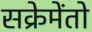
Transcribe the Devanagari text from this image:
सक्रेमेंतो